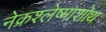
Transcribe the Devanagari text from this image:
नेक्रश्लेष्माशोथ